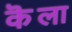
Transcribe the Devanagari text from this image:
कॆला